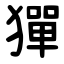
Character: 㺗